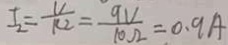
I _ { 2 } = \frac { V } { k _ { 2 } } = \frac { 9 V } { 1 0 \Omega } = 0 . 9 A